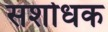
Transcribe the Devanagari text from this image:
सशोधक